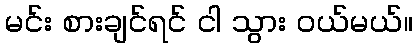
မင်း စားချင်ရင် ငါ သွား ဝယ်မယ်။